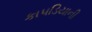
કાપડિયાની